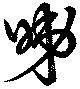
睇